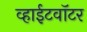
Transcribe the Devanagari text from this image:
व्हाईटवॉटर